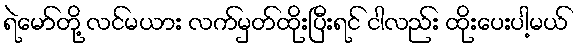
ရဲမော်တို့ လင်မယား လက်မှတ်ထိုးပြီးရင် ငါလည်း ထိုးပေးပါ့မယ်